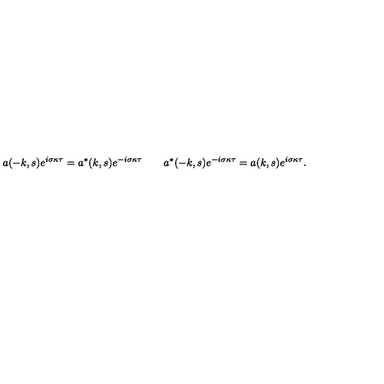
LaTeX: a ( - k , s ) e ^ { i \sigma \kappa \tau } = a ^ { * } ( k , s ) e ^ { - i \sigma \kappa \tau } \qquad a ^ { * } ( - k , s ) e ^ { - i \sigma \kappa \tau } = a ( k , s ) e ^ { i \sigma \kappa \tau } .